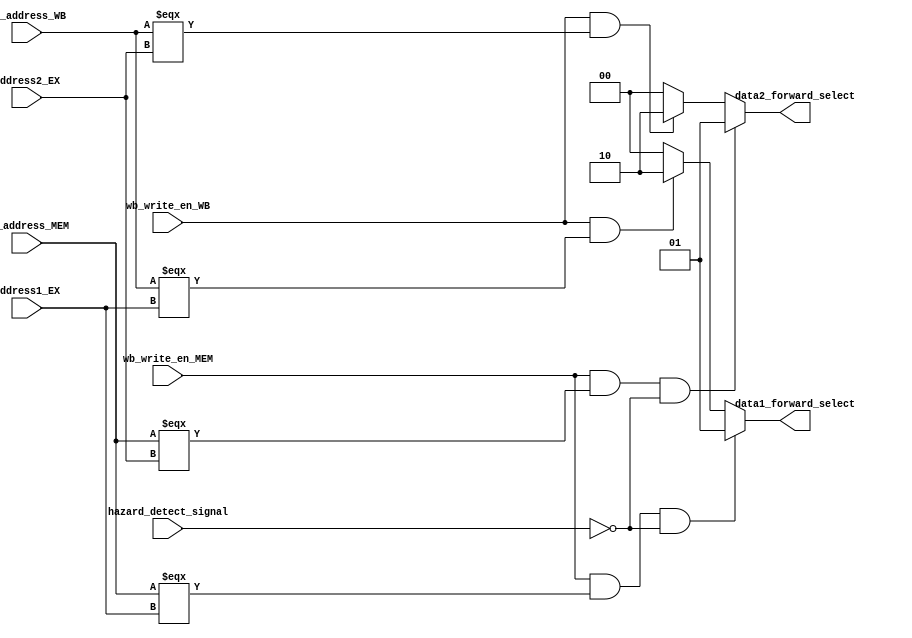
module Ex_forward_unit(
    // inputs
    wb_address_MEM,
    wb_write_en_MEM,
    wb_address_WB,
    wb_write_en_WB,
    address1_EX,
    address2_EX,
    hazard_detect_signal,
    // outputs
    data1_forward_select,
    data2_forward_select
);

input wb_write_en_MEM, wb_write_en_WB, hazard_detect_signal;
input [4:0] wb_address_MEM, wb_address_WB, address1_EX, address2_EX;

output reg [1:0] data1_forward_select, data2_forward_select;
     
    always @ (*)
    begin
        
        // Forwarding for Operand 1
        if (wb_write_en_MEM && wb_address_MEM === address1_EX && !hazard_detect_signal)
            data1_forward_select = 2'b01;    // Activate forwarding from MEM stage
        else if (wb_write_en_WB && wb_address_WB === address1_EX)
            data1_forward_select = 2'b10;    // Activate forwarding from WB stage
        else
            data1_forward_select = 2'b00;    // No forwarding

        // Forwarding for Operand 2
        if (wb_write_en_MEM && wb_address_MEM === address2_EX && !hazard_detect_signal)
            data2_forward_select = 2'b01;    // Activate forwarding from MEM stage
        else if (wb_write_en_WB && wb_address_WB === address2_EX)
            data2_forward_select = 2'b10;    // Activate forwarding from WB stage
        else
            data2_forward_select = 2'b00;    // No forwarding
    end

endmodule